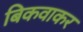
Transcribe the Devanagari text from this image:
बिकवाकर